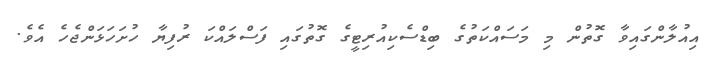
އިއުލާންގައިވާ ގޮތުން މި މަސައްކަތުގެ ބިޑްސެކިއުރިޓީގެ ގޮތުގައި ފަސްލައްކަ ރުފިޔާ ހުށަހަޅަންޖެހެ އެވެ.